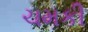
ચમકી